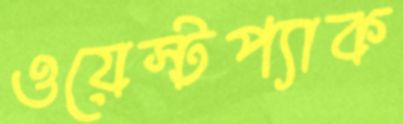
ওয়েস্টপ্যাক